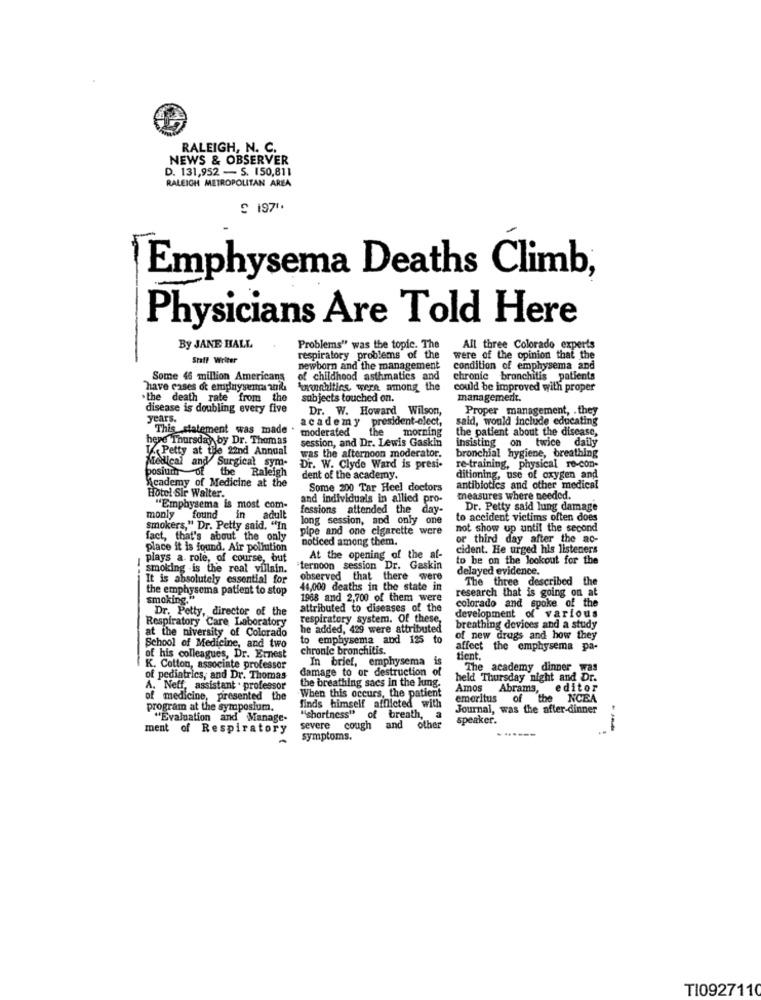
RALEIGH, N. C.
NEWS & OBSERVER
D. 131,952 - S. 150,811
RALEIGH METROPOLITAN AREA
£ 197".
Emphysema Deaths Climb,
Physicians Are Told Here
By JANE HALL
Problems" was the topic. The
All three Colorado experts
Staff Writer
respiratory problems of the
were of the opinion that the
newborn and the management
condition of emphysema and
Some 46 million Americans
of childhood asthmatics and
chronic bronchitis patients
have cases or emphysema anka
Forwhiting, were among the
could be improved with proper
.the death rate from
subjects touched on.
management.
disease is doubling every five
Dr. W. Howard Wilson,
Proper management, . they
years.
academy president-elect,
said, would include educating
This statement was made
moderated
the
morning
the patient about the disease,
here Thursday by Dr. Thomas
session, and Dr. Lewis Gaskin
on twice daily
I. Petty at the 22nd Annual
was the afternoon moderator.
bronchial hygiene, breathing
Medical and Surgical sym-
posium of
the
Raleigh
Dr. W. Clyde Ward is presi-
re-training, physical re-con-
Academy of Medicine at the
dent of the academy.
ditioning, use of oxygen and
Some 200 Tar Heel doctors
antibiotics and other medical
Hotel Sir Walter.
and individuals in allied pro-
measures where needed.
"Emphysema is most com-
fessions attended the day-
Dr. Petty said lung damage
monly found
in
. adult
long session, and only one
to accident victims often does
smokers," Dr. Petty said. "In
pipe and one cigarette were
not show up until the second
fact, that's about the only
noticed among them.
or third day after the ac-
place it is found. Air pollution
cident. He urged his listeners
plays a role, of course, but
At the opening of the af-
to be on the lookout for the
smoking -is the real villain.
"ternoon session Dr. Gaskin
delayed evidence.
It is absolutely essential for
observed that there were
The three described the
the emphysema patient to stop
44,000 deaths in the state in
research that is going on at
smoking."
1968 and 2,700 of them were
colorado and spoke of the
Dr. Petty, director of the
attributed to diseases of the
development of various
Respiratory Care Laboratory
respiratory system. Of these,
at the niversity of Colorado
he added, 429 were attributed
breathing devices and a study
to emphysema and 125 to
of new drugs and how they
School of Medicine, and two
chronic bronchitis.
affect the emphysema pa-
of his colleagues, Dr. Ernest
In brief, emphysema is
tient.
K. Cotton, associate professor
damage to or destruction of
academy dinner was
of pediatrics, and Dr. Thomas
held Thursday night and Dr.
A. Neff, assistant . professor
When this occurs, the patient
the breathing sacs in the lung.
Amos
Abrams,
editor
of medicine, presented the
emeritus
of the NCEA
program at the symposium.
finds himself afflicted with
Journal, was the after-dinner
"Evaluation and Manage-
"shortness" of breath, a
speaker.
ment of Respiratory
severe
cough
and other
symptoms.
TI0927110